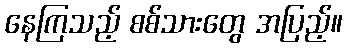
နေကြသည့် စစ်သားတွေ အပြည့်။